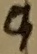
Text: 9